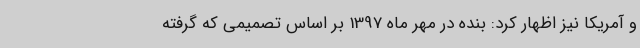
و آمریکا نیز اظهار کرد: بنده در مهر ماه 1397 بر اساس تصمیمی که گرفته